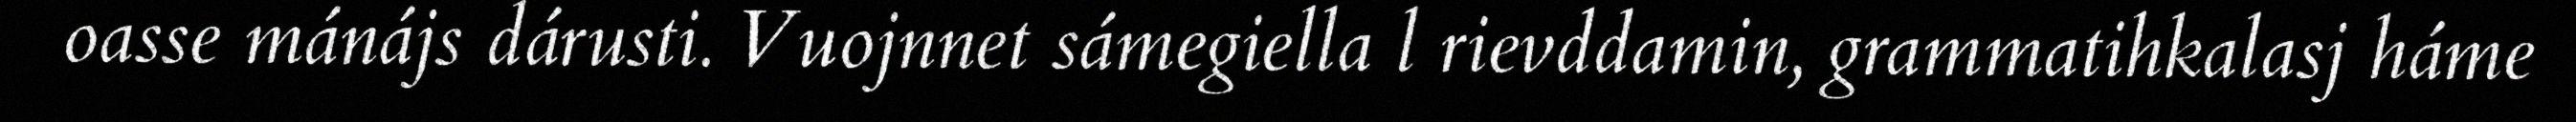
oasse mánájs dárusti. Vuojnnet sámegiella l rievddamin, grammatihkalasj háme